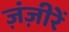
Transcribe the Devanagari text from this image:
ज़ंज़ीरें